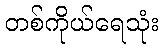
တစ်ကိုယ်ရေသုံး